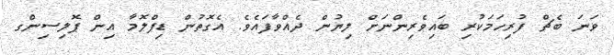
ވަނަ ބެޗް ފުރިހަމަކުރި ބައިވެރިންނަށް ލިޔުން ދެއްވާފައެވެ. އެގޮތުން ޑިޕްލޮމާ އިން ޕޮލިސިންގ